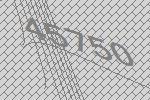
45750